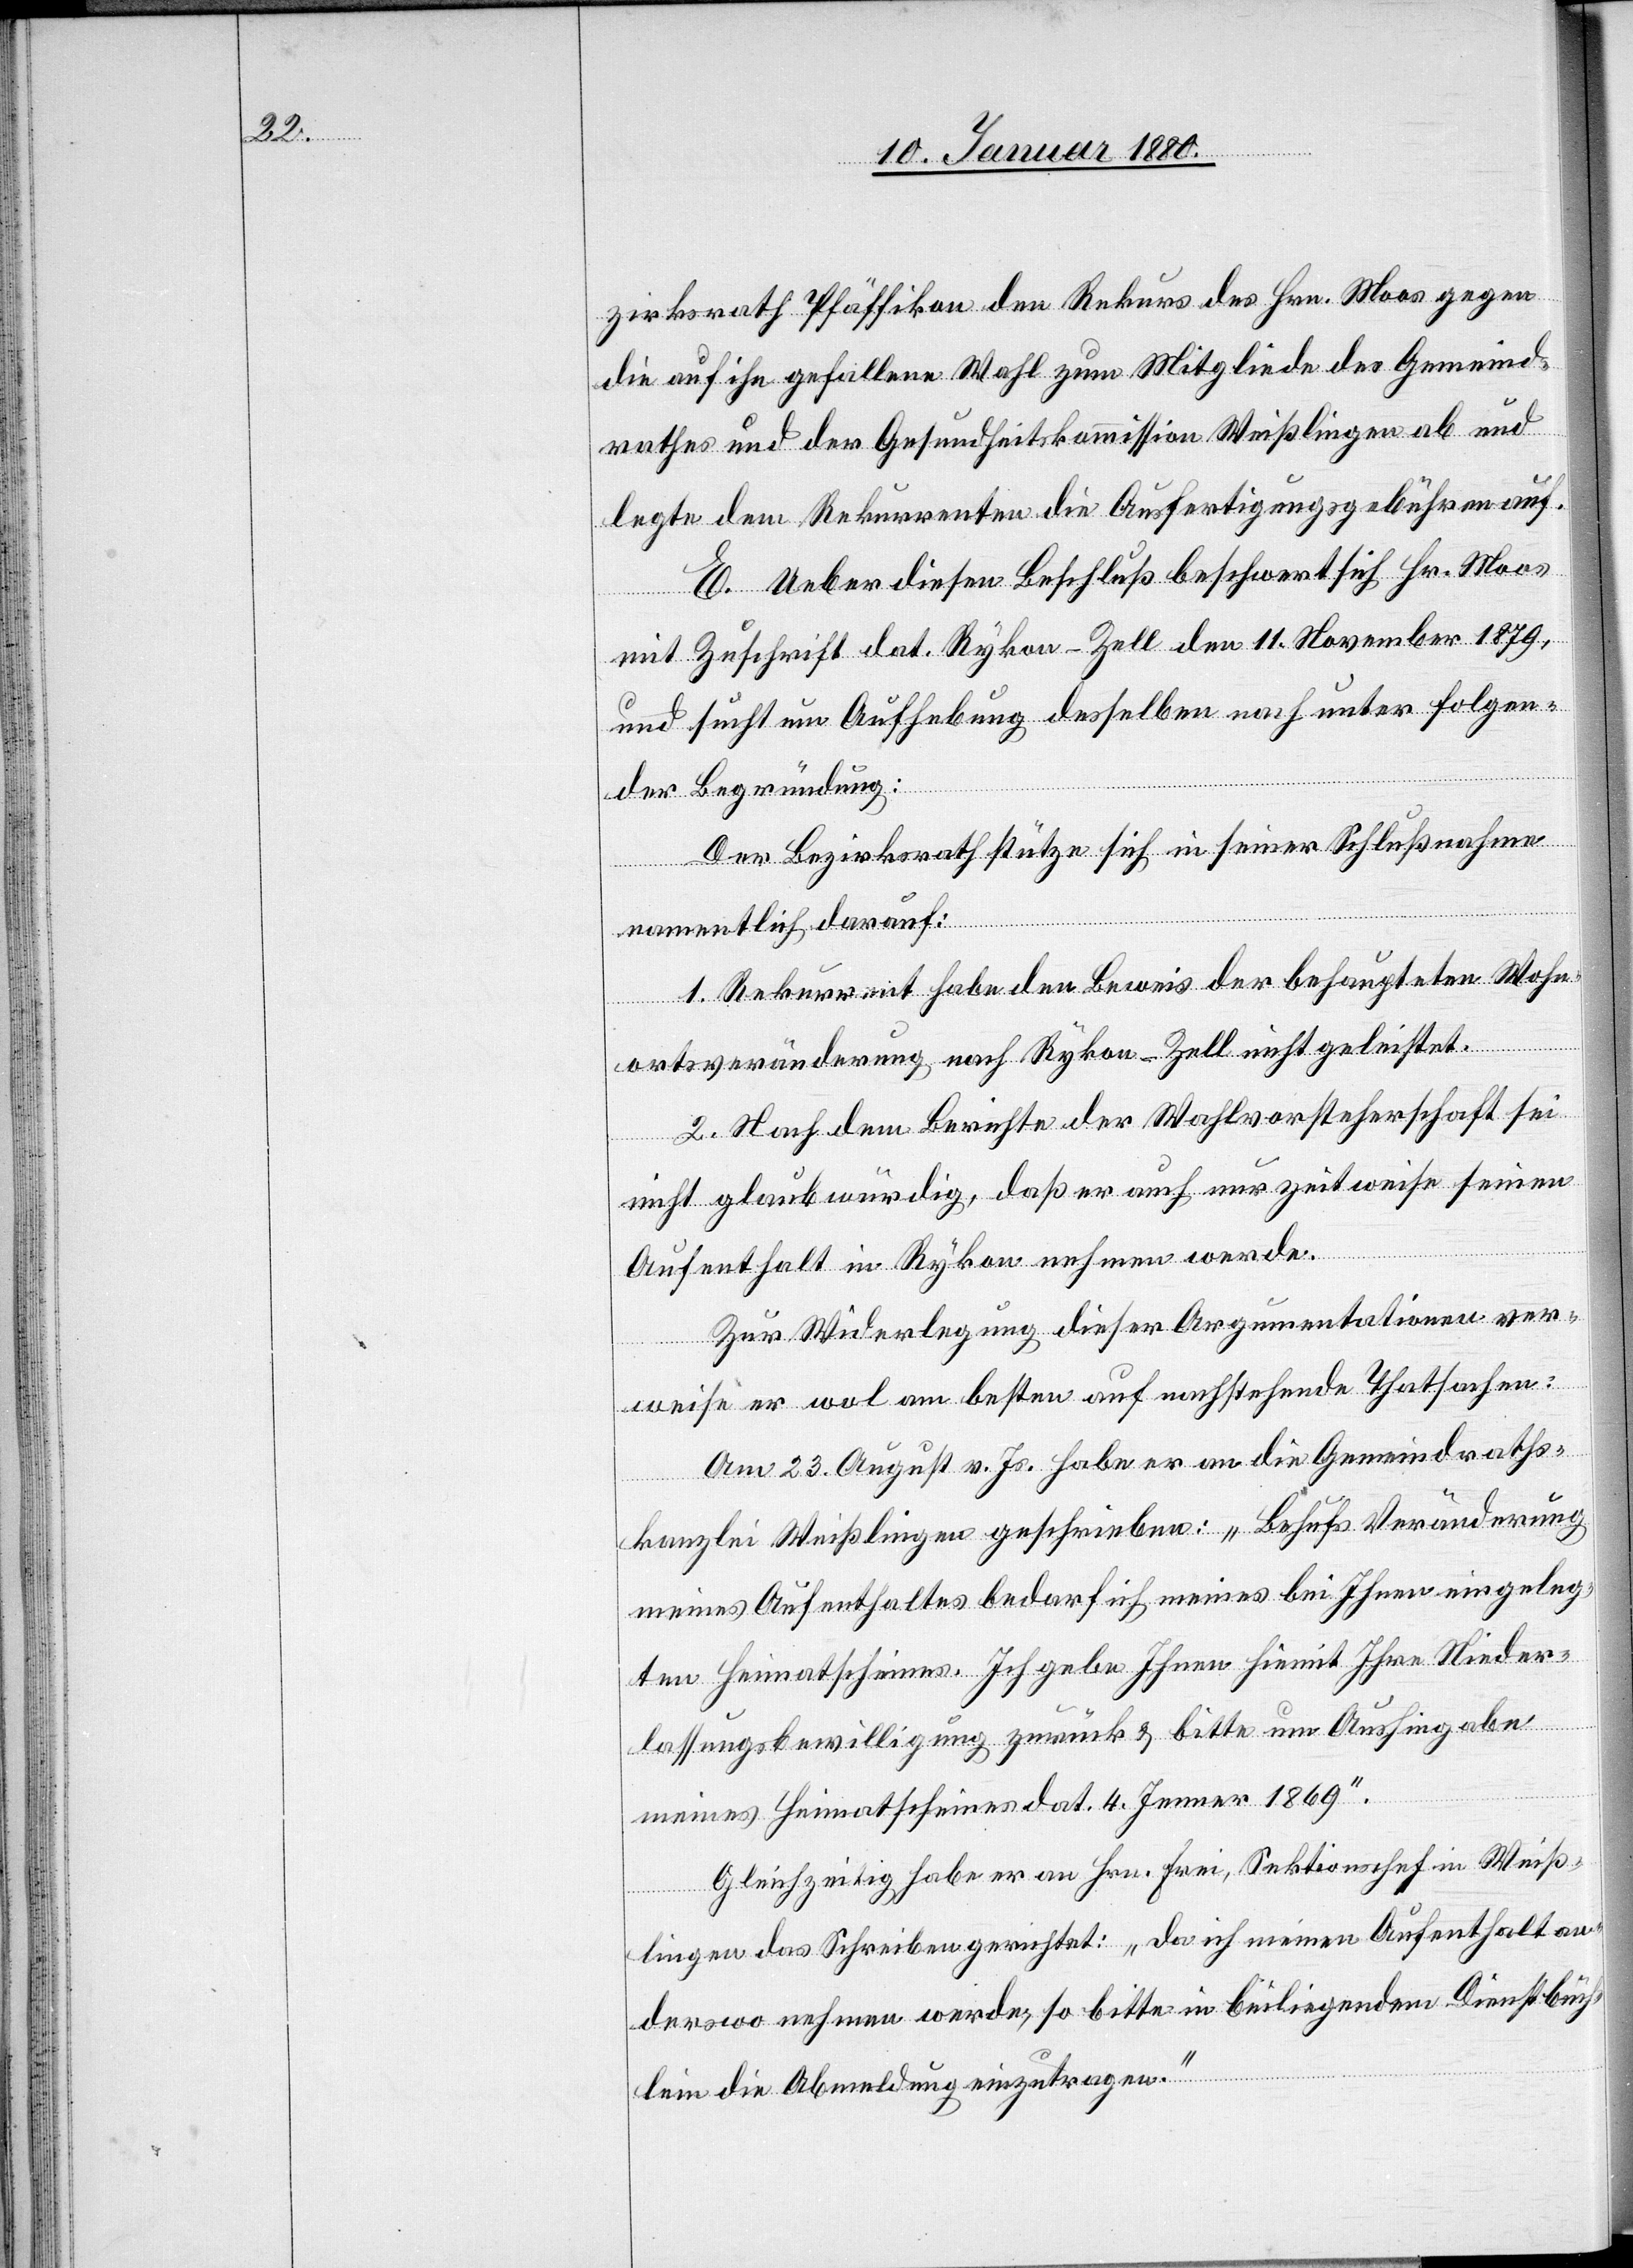
zirksrath Pfäffikon den Rekurs des Hrn. Moos gegen
die auf ihn gefallene Wahl zum Mitgliede des Gemeind¬
rathes und der Gesundheitskommission Weißlingen ab und
legte dem Rekurrenten die Ausfertigungsgebühren auf.
E. Ueber diesen Beschluß beschwert sich Hr. Moos
mit Zuschrift dat. Rykon-Zell den 11. November 1879,
und sucht um Aufhebung desselben nach unter folgen¬
der Begründung:
Der Bezirksrath stütze sich in seiner Schlußnahme
namentlich darauf:
1. Rekurrent habe den Beweis der behaupteten Wohn¬
ortsveränderung nach Rykon-Zell nicht geleistet.
2. Nach dem Berichte der Wahlvorsteherschaft sei
nicht glaubwürdig, daß er auch nur zeitweise seinen
Aufenthalt in Rykon nehmen werde.
Zur Widerlegung dieser Argumentation ver¬
weise er wol am besten auf nachstehende Thatsachen:
Am 23. August v. Js. habe er an die Gemeindraths¬
kanzlei Weißlingen geschrieben: „Behufs Veränderung
meines Aufenthaltes bedarf ich meines bei Ihnen eingeleg¬
ten Heimatscheines. Ich gebe Ihnen hiemit Ihre Nieder¬
lassungsbewilligung zurück & bitte um Aushingabe
meines Heimatscheines dat. 4. Jenner 1869“.
Gleichzeitig habe er an Hrn. Frei, Sektionschef in Weiß¬
lingen das Schreiben gerichtet: „Da ich meinen Aufenthalt an¬
derswo nehmen werde, so bitte in beiliegendem Dienstbüch¬
lein die Abmeldung einzutragen.“